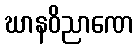
ဃာနဝိညာဏေ